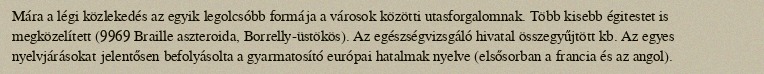
Mára a légi közlekedés az egyik legolcsóbb formája a városok közötti utasforgalomnak. Több kisebb égitestet is megközelített (9969 Braille aszteroida, Borrelly-üstökös). Az egészségvizsgáló hivatal összegyűjtött kb. Az egyes nyelvjárásokat jelentősen befolyásolta a gyarmatosító európai hatalmak nyelve (elsősorban a francia és az angol).